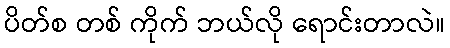
ပိတ်စ တစ် ကိုက် ဘယ်လို ရောင်းတာလဲ။